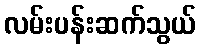
လမ်းပန်းဆက်သွယ်